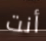
أنت